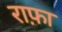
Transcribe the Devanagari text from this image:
राफ़ा